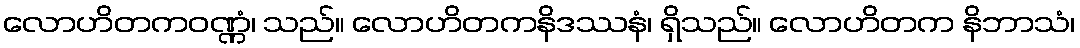
လောဟိတကဝဏ္ဏံ၊ သည်။ လောဟိတကနိဒဿနံ၊ ရှိသည်။ လောဟိတက နိဘာသံ၊